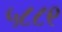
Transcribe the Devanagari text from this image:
५८८९